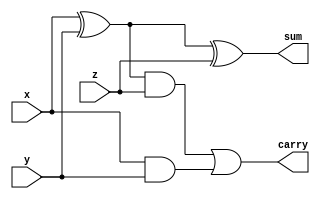
module full_adder (x,y,z,sum,carry);

    input x, y, z;
    output sum, carry;

    wire w1, w2, w3;

    xor x1(w1, x, y);
    and a1(w2, x, y);
    xor x2(sum, w1, z);  // sum part = x + y + z

    and a2(w3, w1, z);
    or o2(carry, w3, w2);

endmodule



module add_64_bit (a,b,S,C);

    input [63:0] a, b;
    output [63:0] S;
    output C;

    wire [64:0] int_carry;

    genvar i, j;

    assign int_carry[0] = 0; 

    generate

        for (i = 0; i < 64; i = i + 1) begin
            
            full_adder f1(a[i],b[i],int_carry[i],S[i],int_carry[i+1]);
            // assign int_carry[i+1] = C[i];
        end

    endgenerate

    assign C = int_carry[64];

endmodule